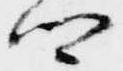
卿